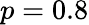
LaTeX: p=0.8